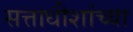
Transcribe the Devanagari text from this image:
सत्ताधीशांच्या